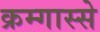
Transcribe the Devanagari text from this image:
क्रम्गास्से